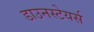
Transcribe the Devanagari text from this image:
डाउनस्टेयर्स